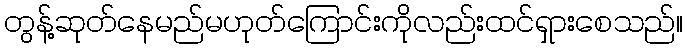
တွန့်ဆုတ်နေမည်မဟုတ်ကြောင်းကိုလည်းထင်ရှားစေသည်။